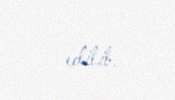
edilib.